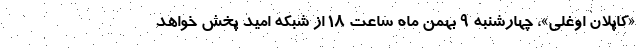
«کاپلان اوغلی»، چهارشنبه ۹ بهمن ماه ساعت ۱۸ از شبکه امید پخش خواهد